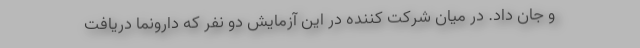
و جان داد. در میان شرکت کننده در این آزمایش دو نفر که دارونما دریافت